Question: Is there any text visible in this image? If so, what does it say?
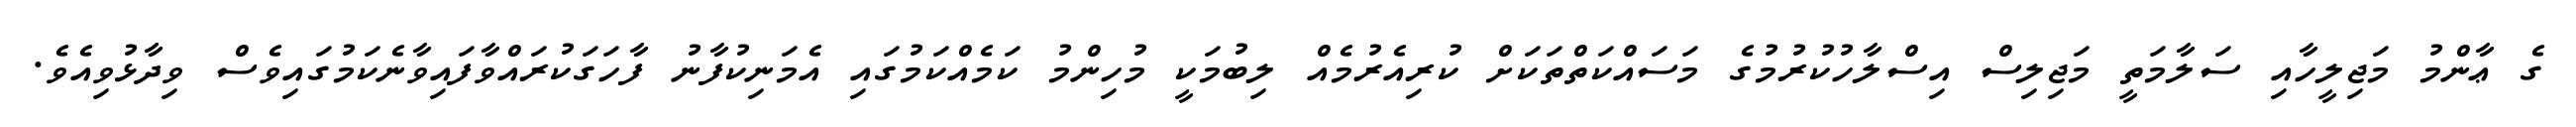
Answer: ގެ ޢާންމު މަޖިލީހާއި ސަލާމަތީ މަޖިލިސް އިސްލާހުކުރުމުގެ މަސައްކަތްތަކަށް ކުރިއެރުމެއް ލިބުމަކީ މުހިންމު ކަމެއްކަމުގައި އެމަނިކުފާނު ފާހަގަކުރައްވާފައިވާނެކަމުގައިވެސް ވިދާޅުވިއެވެ.